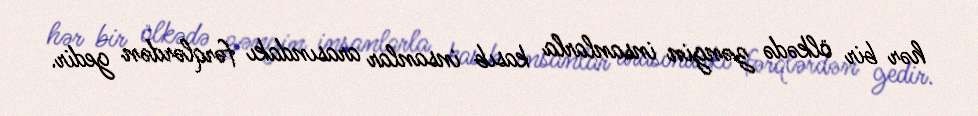
hər bir ölkədə zəngin insanlarla kasıb insanlar arasındakı fərqlərdən gedir.